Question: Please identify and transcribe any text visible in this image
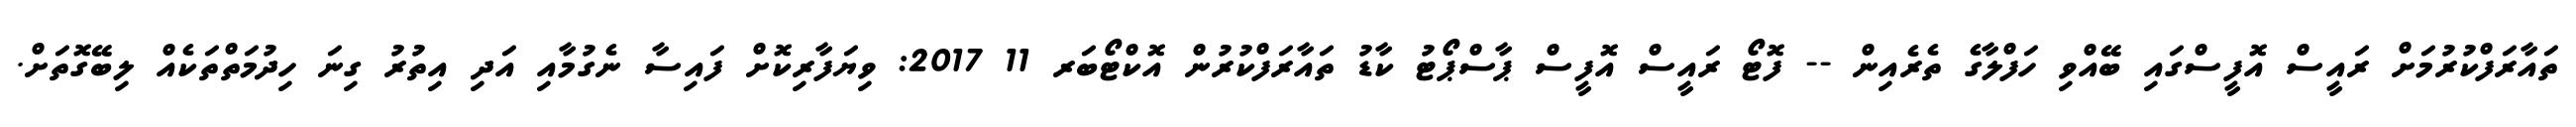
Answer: ތައާރަފްކުރުމަށް ރައީސް އޮފީސްގައި ބޭއްވި ހަފްލާގެ ތެރެއިން -- ފޮޓޯ ރައީސް އޮފީސް ޕާސްޕޯޓު ކާޑު ތައާރަފްކުރުން އޮކްޓޯބަރ 11 2017: ވިޔަފާރިކޮށް ފައިސާ ނެގުމާއި އަދި އިތުރު ގިނަ ހިދުމަތްތަކެއް ލިބޭގޮތަށް.